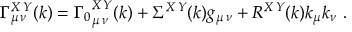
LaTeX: \Gamma _ { \mu \, \nu } ^ { X \, Y } ( k ) = { \Gamma _ { 0 } } _ { \mu \, \nu } ^ { X \, Y } ( k ) + \Sigma ^ { X \, Y } ( k ) g _ { \mu \, \nu } + R ^ { X \, Y } ( k ) k _ { \mu } k _ { \nu } \, \, .